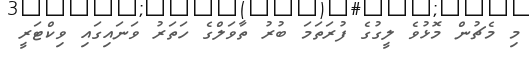
މި މެޗުން މޮޅުވެ ލީގުގެ ފުރަތަމަ ބުރު ތާވަލްގެ ހަތަރު ވަނައިގައި ވިކްޓަރީ